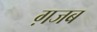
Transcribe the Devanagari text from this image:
ग़जब